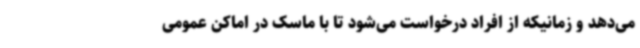
می‌دهد و زمانیکه از افراد درخواست می‌شود تا با ماسک در اماکن عمومی